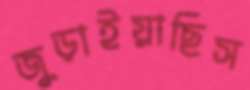
জুড়াইয়াছিস